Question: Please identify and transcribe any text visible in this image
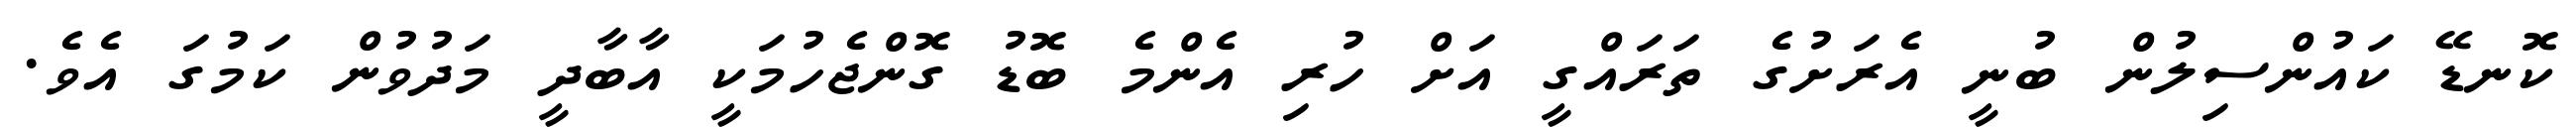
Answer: ކޮނޑޭ ކައުންސިލުން ބުނީ އެރަށުގެ ތަރައްގީ އަށް ހުރި އެންމެ ބޮޑު ގޮންޖެހުމަކީ އާބާދީ މަދުވުން ކަމުގަ އެވެ.